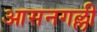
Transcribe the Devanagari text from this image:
आसनगल्ली